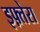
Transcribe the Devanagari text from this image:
इफ़्तेरा